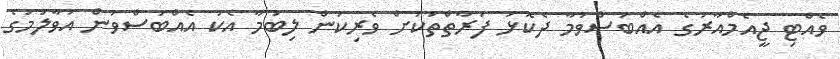
ވެއްޓި ޖީއެމްއާރުގެ އެއްބަސްވުމާ ދެކޮޅު ފަރާތްތަކަށް ވެރިކަން ލިބުމާ އެކު އެއްބަސްވުން އުވާލުމުގެ